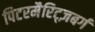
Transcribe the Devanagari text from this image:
पिटरमैरिट्ज़बर्ग